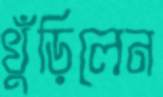
খুঁড়িলেন